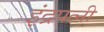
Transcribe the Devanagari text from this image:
इंद्रपत्‍नी